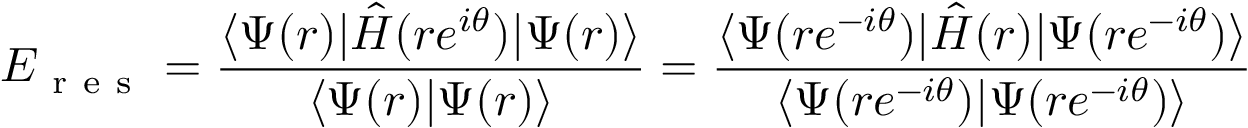
E _ { \mathrm { ~ r ~ e ~ s ~ } } = \frac { \langle \Psi ( r ) | \hat { H } ( r e ^ { i \theta } ) | \Psi ( r ) \rangle } { \langle \Psi ( r ) | \Psi ( r ) \rangle } = \frac { \langle \Psi ( r e ^ { - i \theta } ) | \hat { H } ( r ) | \Psi ( r e ^ { - i \theta } ) \rangle } { \langle \Psi ( r e ^ { - i \theta } ) | \Psi ( r e ^ { - i \theta } ) \rangle }